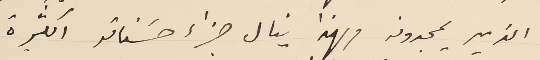
الذين يمجدونه ولهذا ينال جزاء حسناته الكثيرة